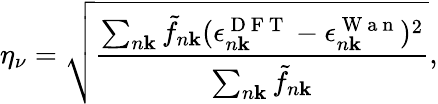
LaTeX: \eta_{\nu}=\sqrt{\frac{\sum_{n\mathbf{k}}\tilde{f}_{n\mathbf{k}}(\epsilon_{n\mathbf{k}}^{\mathrm{~D~F~T~}}-\epsilon_{n\mathbf{k}}^{\mathrm{~W~a~n~}})^{2}}{\sum_{n\mathbf{k}}\tilde{f}_{n\mathbf{k}}}},